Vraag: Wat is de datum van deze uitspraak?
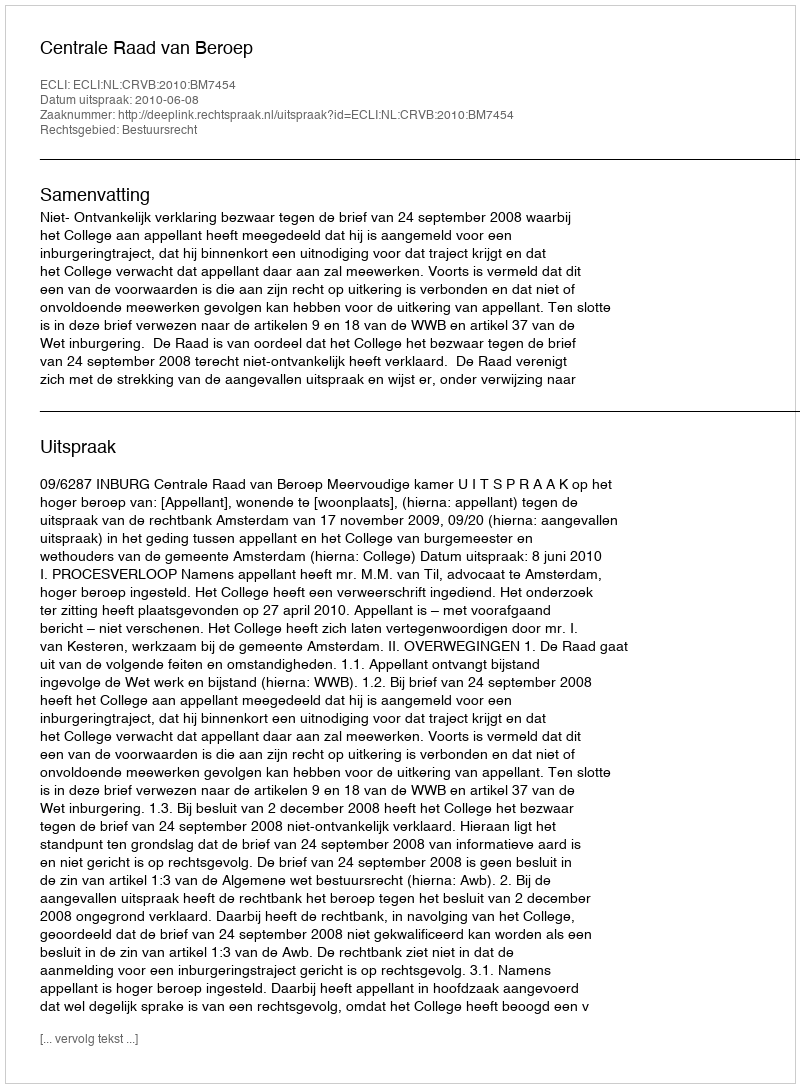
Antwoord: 2010-06-08